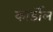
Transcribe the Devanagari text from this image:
कार्डोल